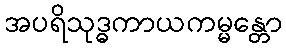
အပရိသုဒ္ဓကာယကမ္မန္တော